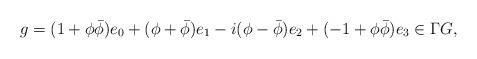
LaTeX: \begin{align*} g=(1+\phi\bar{\phi})e_{0} + (\phi +\bar{\phi})e_{1} - i(\phi - \bar{\phi}) e_{2} + (-1+\phi\bar{\phi})e_{3}\in \Gamma G,\end{align*}